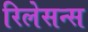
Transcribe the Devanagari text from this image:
रिलेसन्स